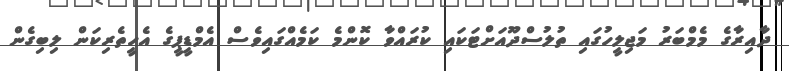
ދާއިރާގެ މެމްބަރު މަޖިލީހުގައި ތުލުސްދޫއަށްޓަކައި ކުރައްވާ ކޮންމެ ކަމެއްގައިވެސް އެމްޑީޕީގެ އެހީތެރިކަން ލިބިގެން